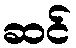
ဆင်